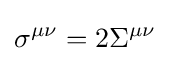
\sigma ^{\mu \nu }=2\Sigma ^{\mu \nu }